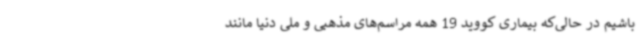
باشیم در حالی‌که بیماری کووید 19 همه مراسم‌های مذهبی و ملی دنیا مانند